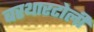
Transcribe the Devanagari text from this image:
बरथारटोली